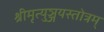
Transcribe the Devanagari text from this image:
श्रीमृत्युञ्जयस्तोत्रम्